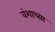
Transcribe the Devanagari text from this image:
वंशाच्य़ा